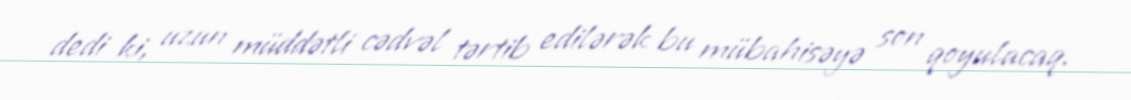
dedi ki, uzun müddətli cədvəl tərtib edilərək bu mübahisəyə son qoyulacaq.